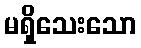
မရှိသေးသော